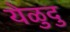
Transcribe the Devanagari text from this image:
येळुदु